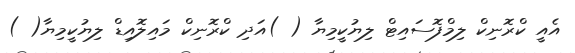
އެއީ ކްރޮނިކް ލިމްފޮސައިޓް ލިޔުކީމިޔާ ( )އަދި ކްރޮނިކް މައިލޮއިޑް ލިޔުކީމިޔާ( )